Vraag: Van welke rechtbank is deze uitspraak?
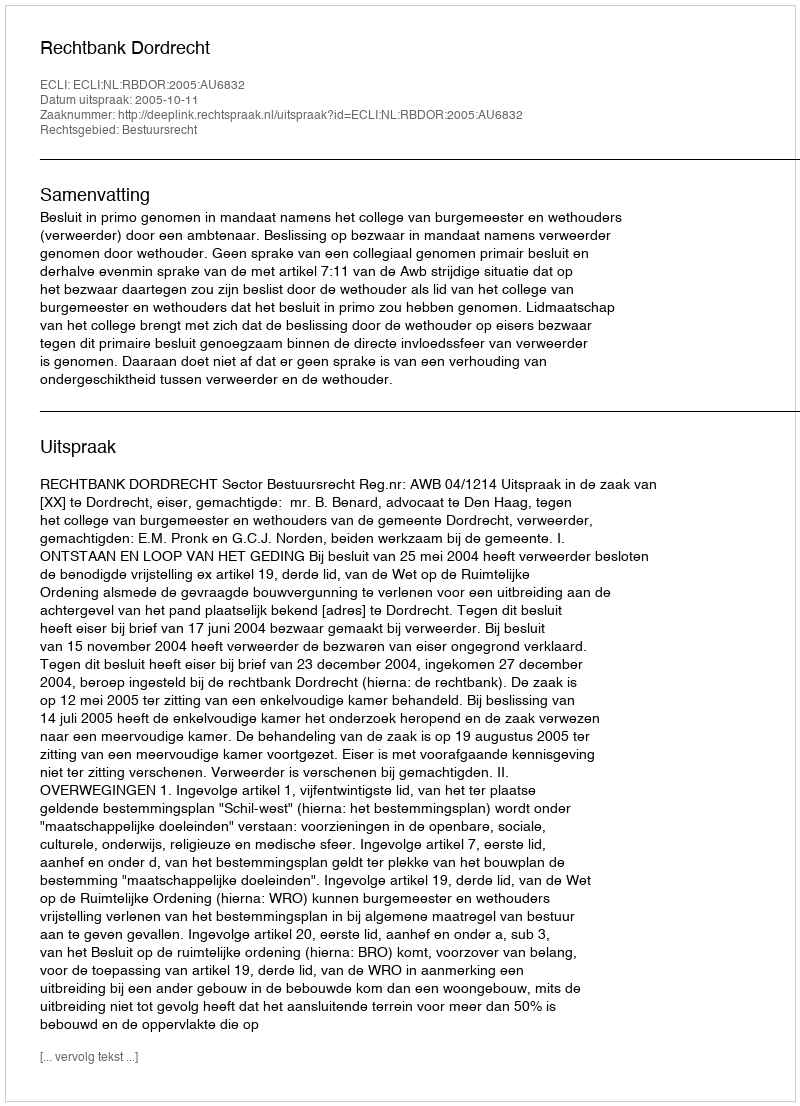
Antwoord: Rechtbank Dordrecht